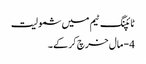
ٹائپنگ ٹیم میں شمولیت
4 - مال خرچ کر کے ۔